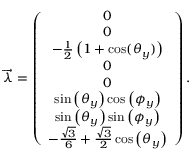
\begin{array} { r } { \overrightarrow { \lambda } = \left( \begin{array} { c } { 0 } \\ { 0 } \\ { - \frac { 1 } { 2 } \left( 1 + \cos ( \theta _ { y } ) \right) } \\ { 0 } \\ { 0 } \\ { \sin \left( \theta _ { y } \right) \cos \left( \phi _ { y } \right) } \\ { \sin \left( \theta _ { y } \right) \sin \left( \phi _ { y } \right) } \\ { - \frac { \sqrt { 3 } } { 6 } + \frac { \sqrt { 3 } } { 2 } \cos \left( \theta _ { y } \right) } \end{array} \right) . } \end{array}